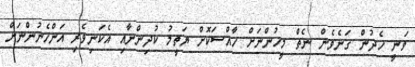
ވަނީ ހެދުން ގަނެވެން ނެތް މީހުންނަށް ހާއްސަކޮށް ޔަތީމު ކުދިންނާއި އެކަނިވެރި އަންހެނުންނަށް